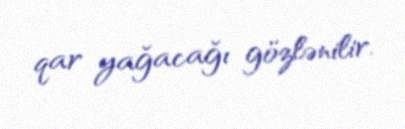
qar yağacağı gözlənilir.